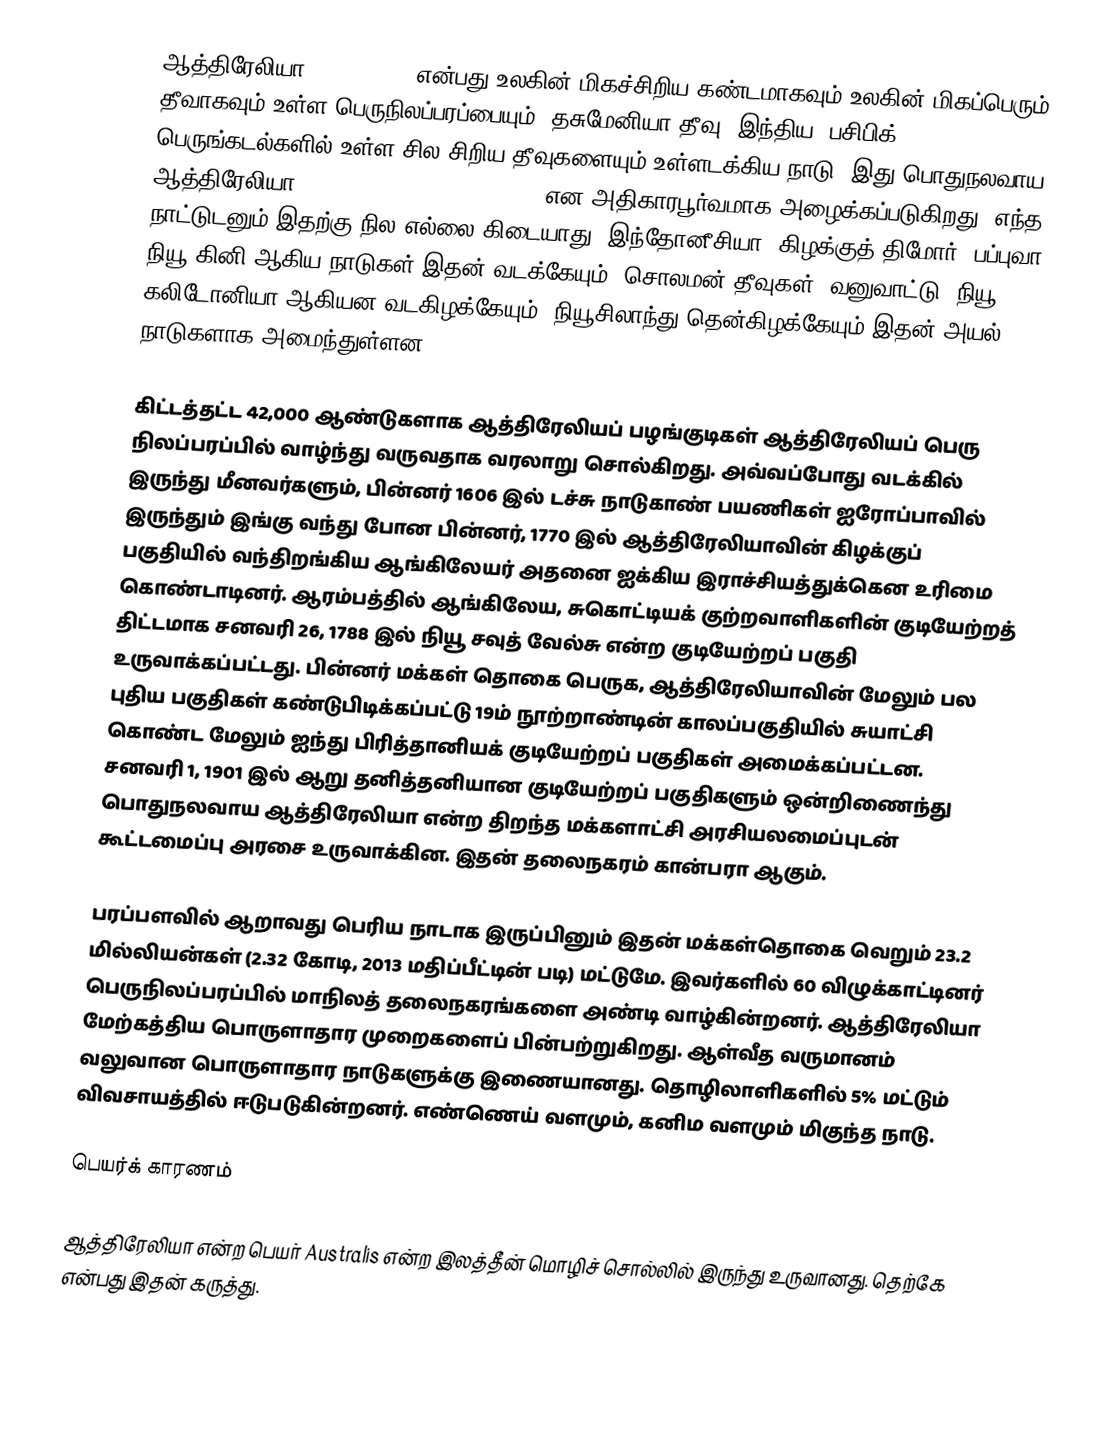
ஆத்திரேலியா (Australia) என்பது உலகின் மிகச்சிறிய கண்டமாகவும் உலகின் மிகப்பெரும் தீவாகவும் உள்ள பெருநிலப்பரப்பையும், தசுமேனியா தீவு, இந்திய, பசிபிக் பெருங்கடல்களில் உள்ள சில சிறிய தீவுகளையும் உள்ளடக்கிய நாடு. இது பொதுநலவாய ஆத்திரேலியா (Commonwealth of Australia) என அதிகாரபூர்வமாக அழைக்கப்படுகிறது. எந்த நாட்டுடனும் இதற்கு நில எல்லை கிடையாது. இந்தோனீசியா, கிழக்குத் திமோர், பப்புவா நியூ கினி ஆகிய நாடுகள் இதன் வடக்கேயும், சொலமன் தீவுகள், வனுவாட்டு, நியூ கலிடோனியா ஆகியன வடகிழக்கேயும், நியூசிலாந்து தென்கிழக்கேயும் இதன் அயல் நாடுகளாக அமைந்துள்ளன.

கிட்டத்தட்ட 42,000 ஆண்டுகளாக ஆத்திரேலியப் பழங்குடிகள் ஆத்திரேலியப் பெரு நிலப்பரப்பில் வாழ்ந்து வருவதாக வரலாறு சொல்கிறது. அவ்வப்போது வடக்கில் இருந்து மீனவர்களும், பின்னர் 1606 இல் டச்சு நாடுகாண் பயணிகள் ஐரோப்பாவில் இருந்தும் இங்கு வந்து போன பின்னர், 1770 இல் ஆத்திரேலியாவின் கிழக்குப் பகுதியில் வந்திறங்கிய ஆங்கிலேயர் அதனை ஐக்கிய இராச்சியத்துக்கென உரிமை கொண்டாடினர். ஆரம்பத்தில் ஆங்கிலேய, சுகொட்டியக் குற்றவாளிகளின் குடியேற்றத் திட்டமாக சனவரி 26, 1788 இல் நியூ சவுத் வேல்சு என்ற குடியேற்றப் பகுதி உருவாக்கப்பட்டது. பின்னர் மக்கள் தொகை பெருக, ஆத்திரேலியாவின் மேலும் பல புதிய பகுதிகள் கண்டுபிடிக்கப்பட்டு 19ம் நூற்றாண்டின் காலப்பகுதியில் சுயாட்சி கொண்ட மேலும் ஐந்து பிரித்தானியக் குடியேற்றப் பகுதிகள் அமைக்கப்பட்டன. சனவரி 1, 1901 இல் ஆறு தனித்தனியான குடியேற்றப் பகுதிகளும் ஒன்றிணைந்து பொதுநலவாய ஆத்திரேலியா என்ற திறந்த மக்களாட்சி அரசியலமைப்புடன் கூட்டமைப்பு அரசை உருவாக்கின. இதன் தலைநகரம் கான்பரா ஆகும்.

பரப்பளவில் ஆறாவது பெரிய நாடாக இருப்பினும் இதன் மக்கள்தொகை வெறும் 23.2 மில்லியன்கள் (2.32 கோடி, 2013 மதிப்பீட்டின் படி) மட்டுமே. இவர்களில் 60 விழுக்காட்டினர் பெருநிலப்பரப்பில் மாநிலத் தலைநகரங்களை அண்டி வாழ்கின்றனர். ஆத்திரேலியா மேற்கத்திய பொருளாதார முறைகளைப் பின்பற்றுகிறது. ஆள்வீத வருமானம் வலுவான பொருளாதார நாடுகளுக்கு இணையானது. தொழிலாளிகளில் 5% மட்டும் விவசாயத்தில் ஈடுபடுகின்றனர். எண்ணெய் வளமும், கனிம வளமும் மிகுந்த நாடு.

பெயர்க் காரணம்

ஆத்திரேலியா என்ற பெயர் Australis என்ற இலத்தீன் மொழிச் சொல்லில் இருந்து உருவானது. தெற்கே என்பது இதன் கருத்து.